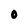
Character: O